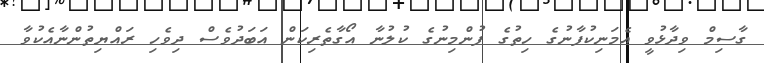
ގާސިމް ވިދާޅުވީ އެމަނިކުފާނުގެ ހިތުގެ ފުންމިނުގެ ކުލުނާ އޯގާތެރިކަން އަބަދުވެސް ދިވެހި ރައްޔިތުންނާއެކުވާ